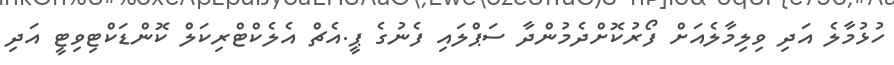
ހުޅުމާލެ އަދި ވިލިމާލެއަށް ފޯރުކޮށްދެމުންދާ ސަޕްލައި ފެނުގެ ޕީ.އެޗް އެލެކްޓްރިކަލް ކޮންޑަކްޓިވިޓީ އަދި